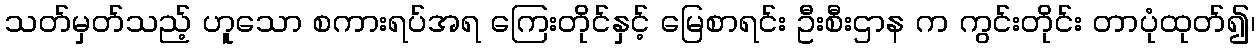
သတ်မှတ်သည့် ဟူသော စကားရပ်အရ ကြေးတိုင်နှင့် မြေစာရင်း ဦးစီးဌာန က ကွင်းတိုင်း တာပုံထုတ်၍၊